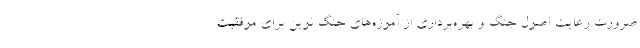
ضرورت رعایت اصول جنگ و بهره‌برداری از آموزه‌های جنگ نوین برای موفقیت